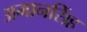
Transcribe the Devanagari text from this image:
अमानसिंह